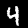
Digit: 4